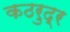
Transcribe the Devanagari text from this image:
कठरुद्र